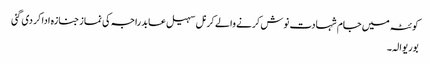
کوئٹہ میں جام شہادت نوش کرنے والے کرنل سہیل عابد راجہ کی نماز جنازہ ادا کر دی گئی
بوریوالہ۔